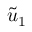
\widetilde { u } _ { 1 }